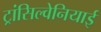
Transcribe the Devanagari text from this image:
ट्रांसिल्वेनियाई